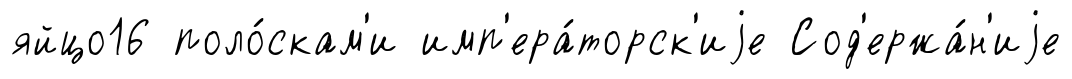
яйцо16 поло́скам'и имп'ера́торск'иjе Сод'ержа́н'иjе